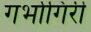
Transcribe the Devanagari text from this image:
गर्भागिरी